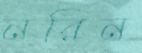
নরিন